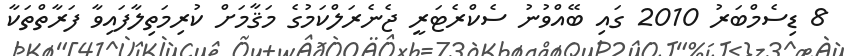
8 ޑިސެމްބަރު 2010 ގައި ބޭއްވުނު ސެކްރެޓަރީ ޖެނެރަލްކަމުގެ މަޤާމަށް ކުރިމަތިލާފައިވާ ފަރާތްތަކާ